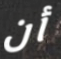
أن